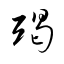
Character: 竭